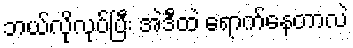
ဘယ်လိုလုပ်ပြီး အဲဒီထဲ ရောက်နေတာလဲ